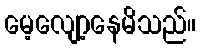
မေ့လျော့နေမိသည်။